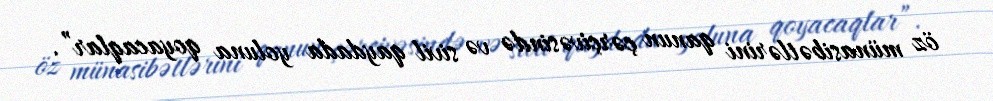
öz münasibətlərini qanun çərçivəsində və sivil qaydada yoluna qoyacaqlar”.